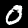
Digit: 0